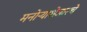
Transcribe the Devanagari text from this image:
मनोर्‍याशेजारचे